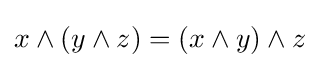
x\wedge (y\wedge z)=(x\wedge y)\wedge z